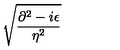
\sqrt { \frac { \partial ^ { 2 } - i \epsilon } { \eta ^ { 2 } } }